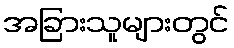
အခြားသူများတွင်